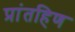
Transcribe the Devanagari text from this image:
प्रांतहिण